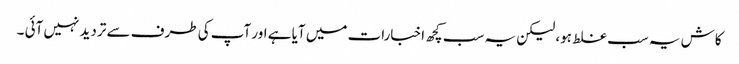
کاش یہ سب غلط ہو، لیکن یہ سب کچھ اخبارات میں آیا ہے اور آپ کی طرف سے تردید نہیں آئی ۔